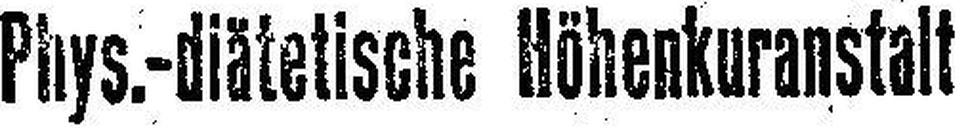
Phys.-diätetische Höhenkuranstalt